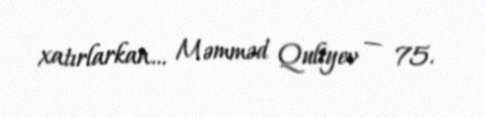
xatırlarkan… Məmməd Quliyev — 75.